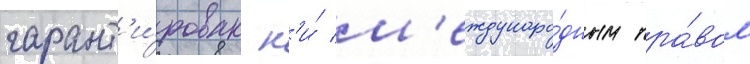
гарант'и́рован н'и́ м'еждунаро́дным пра́вом